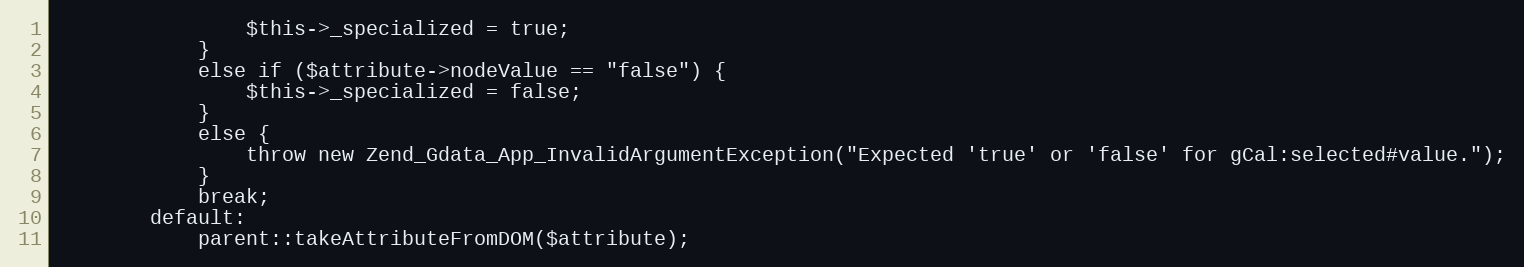
Language: PHP
                $this->_specialized = true;
            }
            else if ($attribute->nodeValue == "false") {
                $this->_specialized = false;
            }
            else {
                throw new Zend_Gdata_App_InvalidArgumentException("Expected 'true' or 'false' for gCal:selected#value.");
            }
            break;
        default:
            parent::takeAttributeFromDOM($attribute);